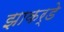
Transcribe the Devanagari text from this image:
झाकर्डे